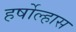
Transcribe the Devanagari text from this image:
हर्षोल्हास